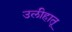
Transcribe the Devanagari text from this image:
उलीहातू